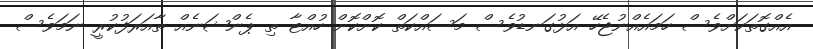
އެއްގޮތަކަށްވެސް ހަމައެއްނުޖެހޭ އަޅުގަނޑުވެސް މަސައްކަތް ކޮށްކޮށް ހުއްޓާ ތި ޕެންޝަނެއް ތާއަރަފުކުރީ ނަމަވެސް